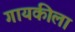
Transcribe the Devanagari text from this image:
गायकीला